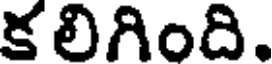
క లిగింది.